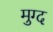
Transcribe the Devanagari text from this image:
मुग्द